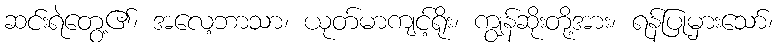
ဆင်းရဲတွေ့၏၊ အလေ့ဘာသာ၊ ယုတ်မာကျင့်ရိုး၊ ကျွန်ဆိုးတို့အား၊ ရန်ပြုမှားသော်၊